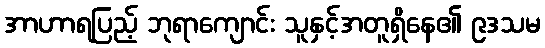
အာဟာရပြည့် ဘုရာကျောင်း သူနှင့်အတူရှိနေ၏ ၉ဒသမ